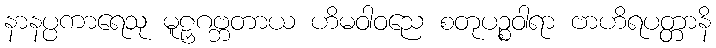
နာနပ္ပကာရေသု မူဠှဂဗ္ဘတာယ ဟိမဝါဝညေ စတုပဉ္စဝါရာ ဗာဟိရပတ္တာနိ